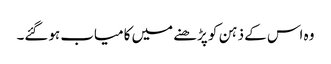
وہ اس کے ذہن کو پڑھنے میں کامیاب ہوگئے۔